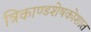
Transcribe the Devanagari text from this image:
त्रिकाण्डशेषकोशात